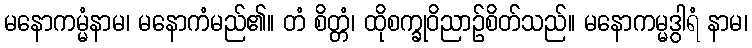
မနောကမ္မံနာမ၊ မနောကံမည်၏။ တံ စိတ္တံ၊ ထိုစက္ခုဝိညာဉ်စိတ်သည်။ မနောကမ္မဒွါရံ နာမ၊